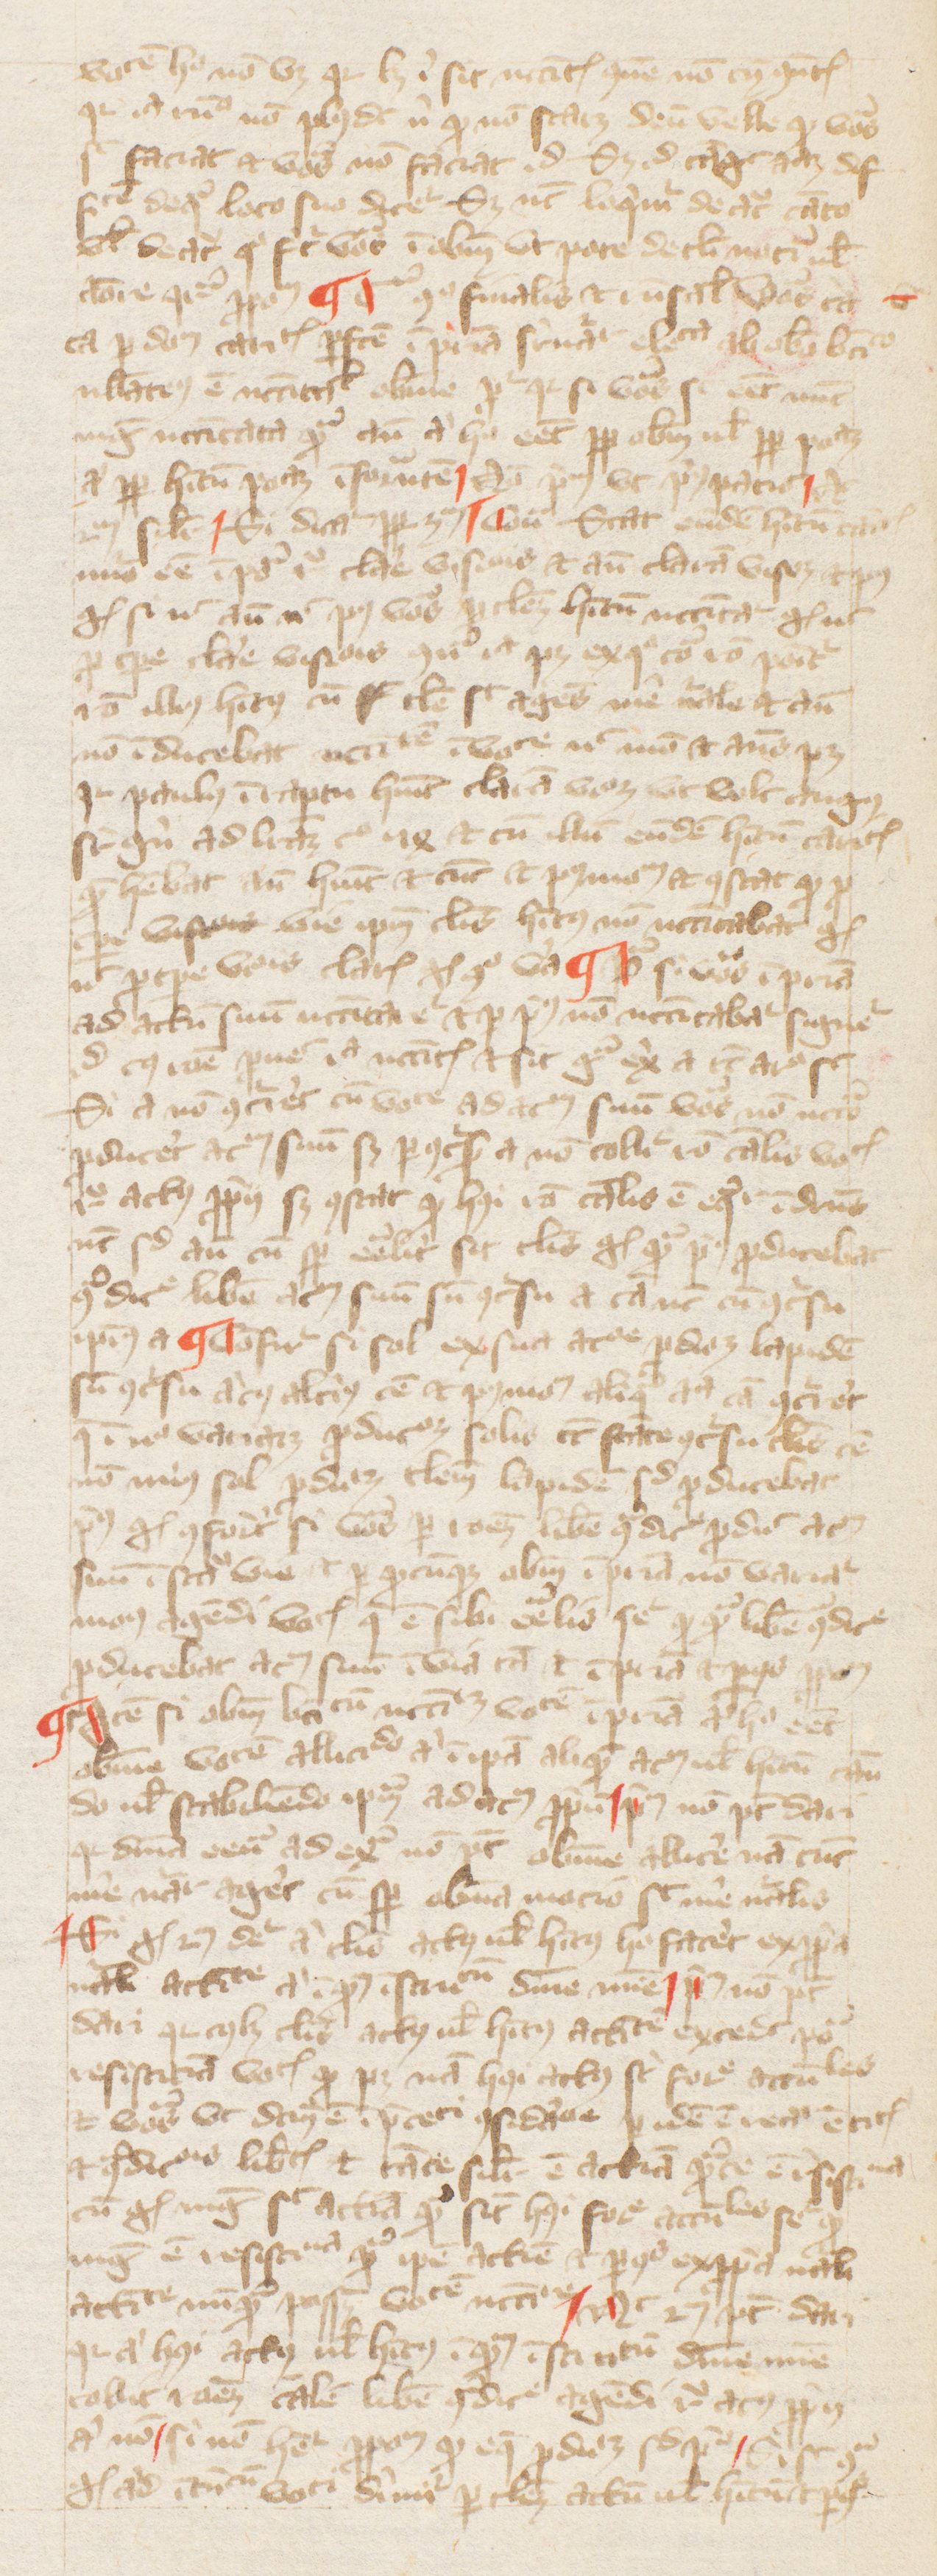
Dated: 1380–1389